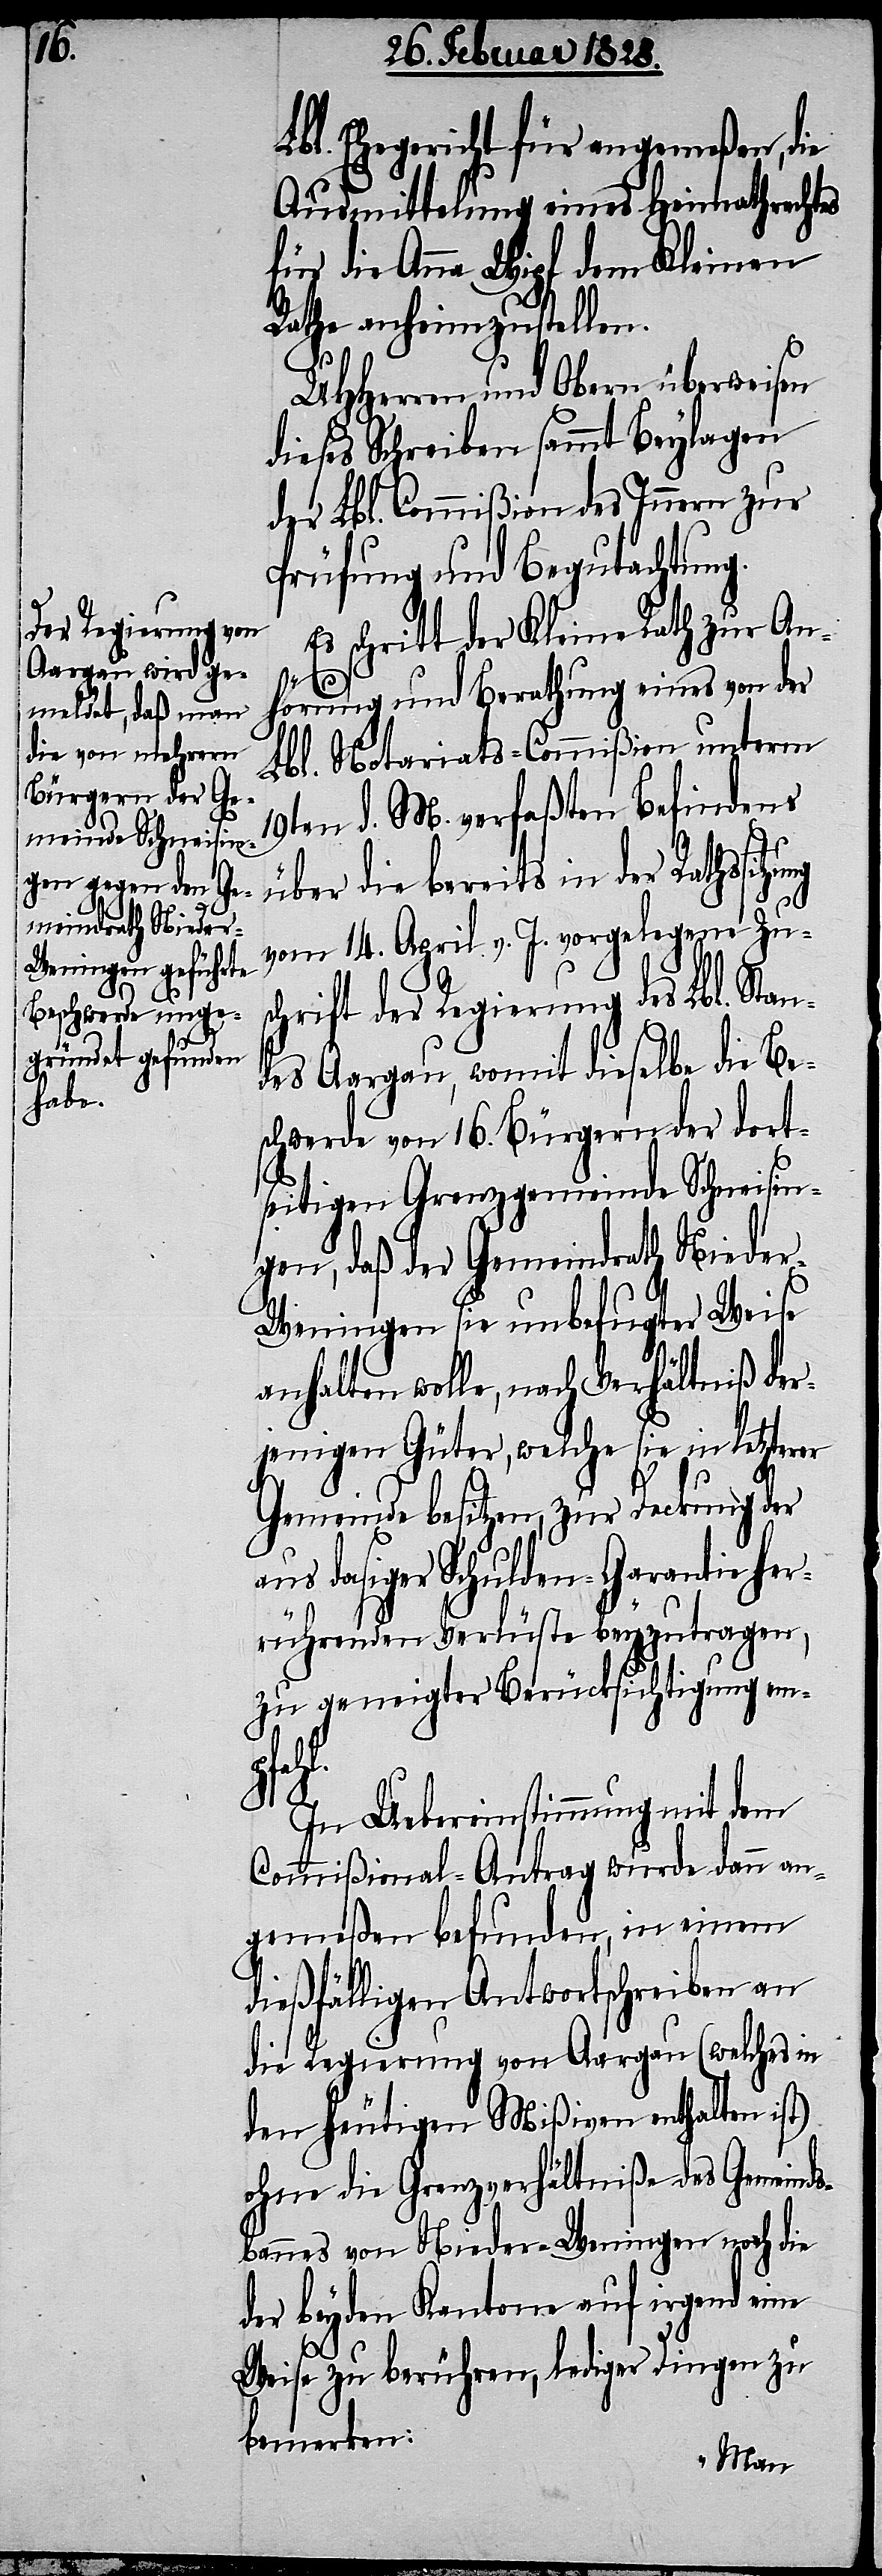
Lbl. Ehegericht für angemeßen, die
Ausmittelung eines Heimathrechtes
für die Anna Wipf dem Kleinen
Rathe anheimzustellen.
UHHerren und Obern überweisen
dieses Schreiben sammt Beylagen
der Lbl. Commißion des Innern zur
Prüfung und Begutachtung.
Es schritt der Kleine Rath zur An¬
hörung und Berathung eines von der
Lbl. Notariats-Commißion unterm
19ten d. M. verfaßten Befindens
über die bereits in der Rathssitzung
an¬
vom 14. April v. J. vorgelegene Zu¬
hrift der Regierung des Lbl. St¬
des Aargau, womit dieselbe die Be¬
schwerde von 16. Bürgern der dort¬
seitigen Grenzgemeinde Schneisin¬
gen, daß der Gemeindrath Niede¬
r-Weningen sie unbefugter Weise
anhalten wolle, nach Verhältniß der¬
jenigen Güter, welche sie in letzterer
Gemeinde besitzen, zur Deckung der
aus dasiger Schulden-Garantie her¬
rührenden Verlüste beyzutragen,
zu geneigter Berücksichtigung emp¬
l.
In Uebereinstimmung mit dem
Commißional-Antrag wurde dann an¬
gemeßen befunden, in einem
dießfälligen Antwortschreiben an
die Regierung von Aargau (welches in
den heutigen Mißiven enthalten ist)
ohne die Grenzverhältniße des Gemeind¬
sbannes von Nieder-Weningen noch die
der beyden Kantone auf irgend eine
Weise zu berühren, lediger Dingen zu
bemerken: